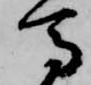
馬